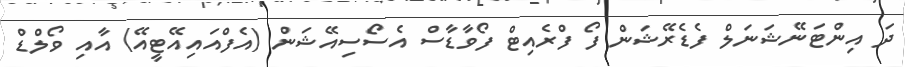
ދަ އިންޓަނޭޝަނަލް ފެޑެރޭޝަން ފޯ ފްރެއިޓް ފޯވާޑާސް އެސޯސިއޭޝަން (އެފްއައިއޭޓީއޭ) އާއި ވޯލްޑް